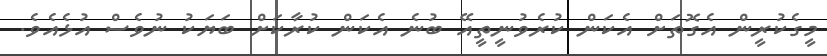
މީގެކުރީން އެގޮތަށް އެކަން ކުރެވުނީތީއޭ ބުނެ އެކަން ކުރާކަށް ބަޔަކު ނުވެސް އުޅެއެވެ.